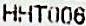
HHT006